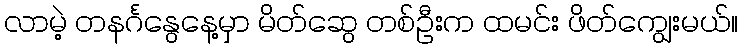
လာမဲ့ တနင်္ဂနွေနေ့မှာ မိတ်ဆွေ တစ်ဦးက ထမင်း ဖိတ်ကျွေးမယ်။